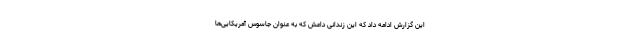
این گزارش ادامه داد که این زندانی داعش که به عنوان جاسوس آمریکایی‌ها